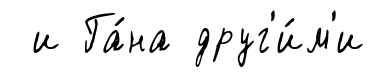
и Га́на друг'и́м'и